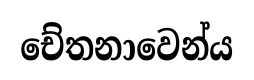
චේතනාවෙන්ය